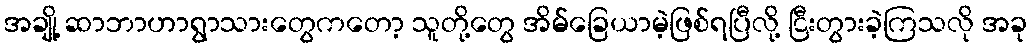
အချို့ ဆာဘာဟာရွာသားတွေကတော့ သူတို့တွေ အိမ်ခြေယာမဲ့ဖြစ်ရပြီလို့ ငြီးတွားခဲ့ကြသလို အခု